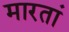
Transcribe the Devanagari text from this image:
मारतां